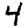
Digit: 4